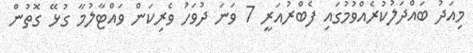
މިއަދު ބައްދަލުކުރެއްވުމުގައި ފެބްރުއަރީ 7 ވަނަ ދުވަހު ވެރިކަން ވައްޓާލުމާ ގުޅޭ ގޮތުން